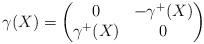
LaTeX: \begin{align*}\gamma(X) =\begin{pmatrix}0 & -\gamma^+(X) \\\gamma^+(X) & 0 \\\end{pmatrix}\end{align*}